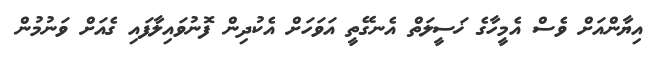
އިޔާންއަށް ވެސް އެމީހާގެ ޚަސީލަތް އެނގޭތީ އަވަހަށް އެކުދިން ފޮނުވައިލާފައި ގެއަށް ވަނުމުން